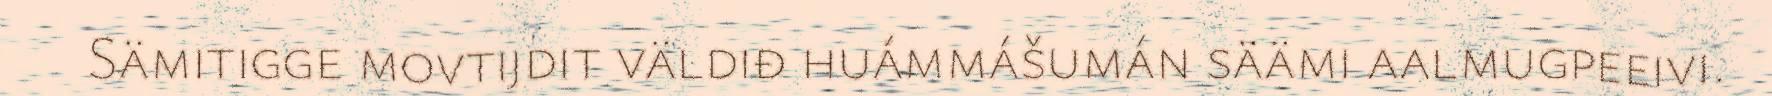
Sämitigge movtijdit väldiđ huámmášumán säämi aalmugpeeivi.